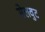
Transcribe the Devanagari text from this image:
सेलवुट